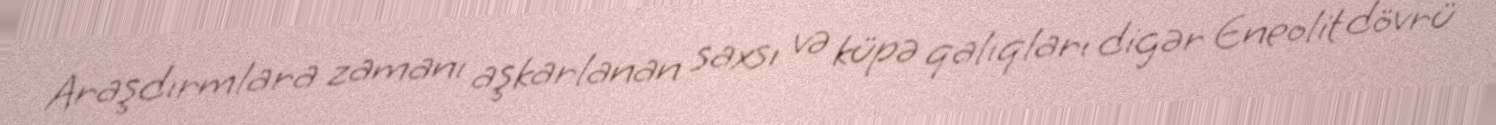
Araşdırmlara zamanı aşkarlanan saxsı və küpə qalıqları digər Eneolit dövrü